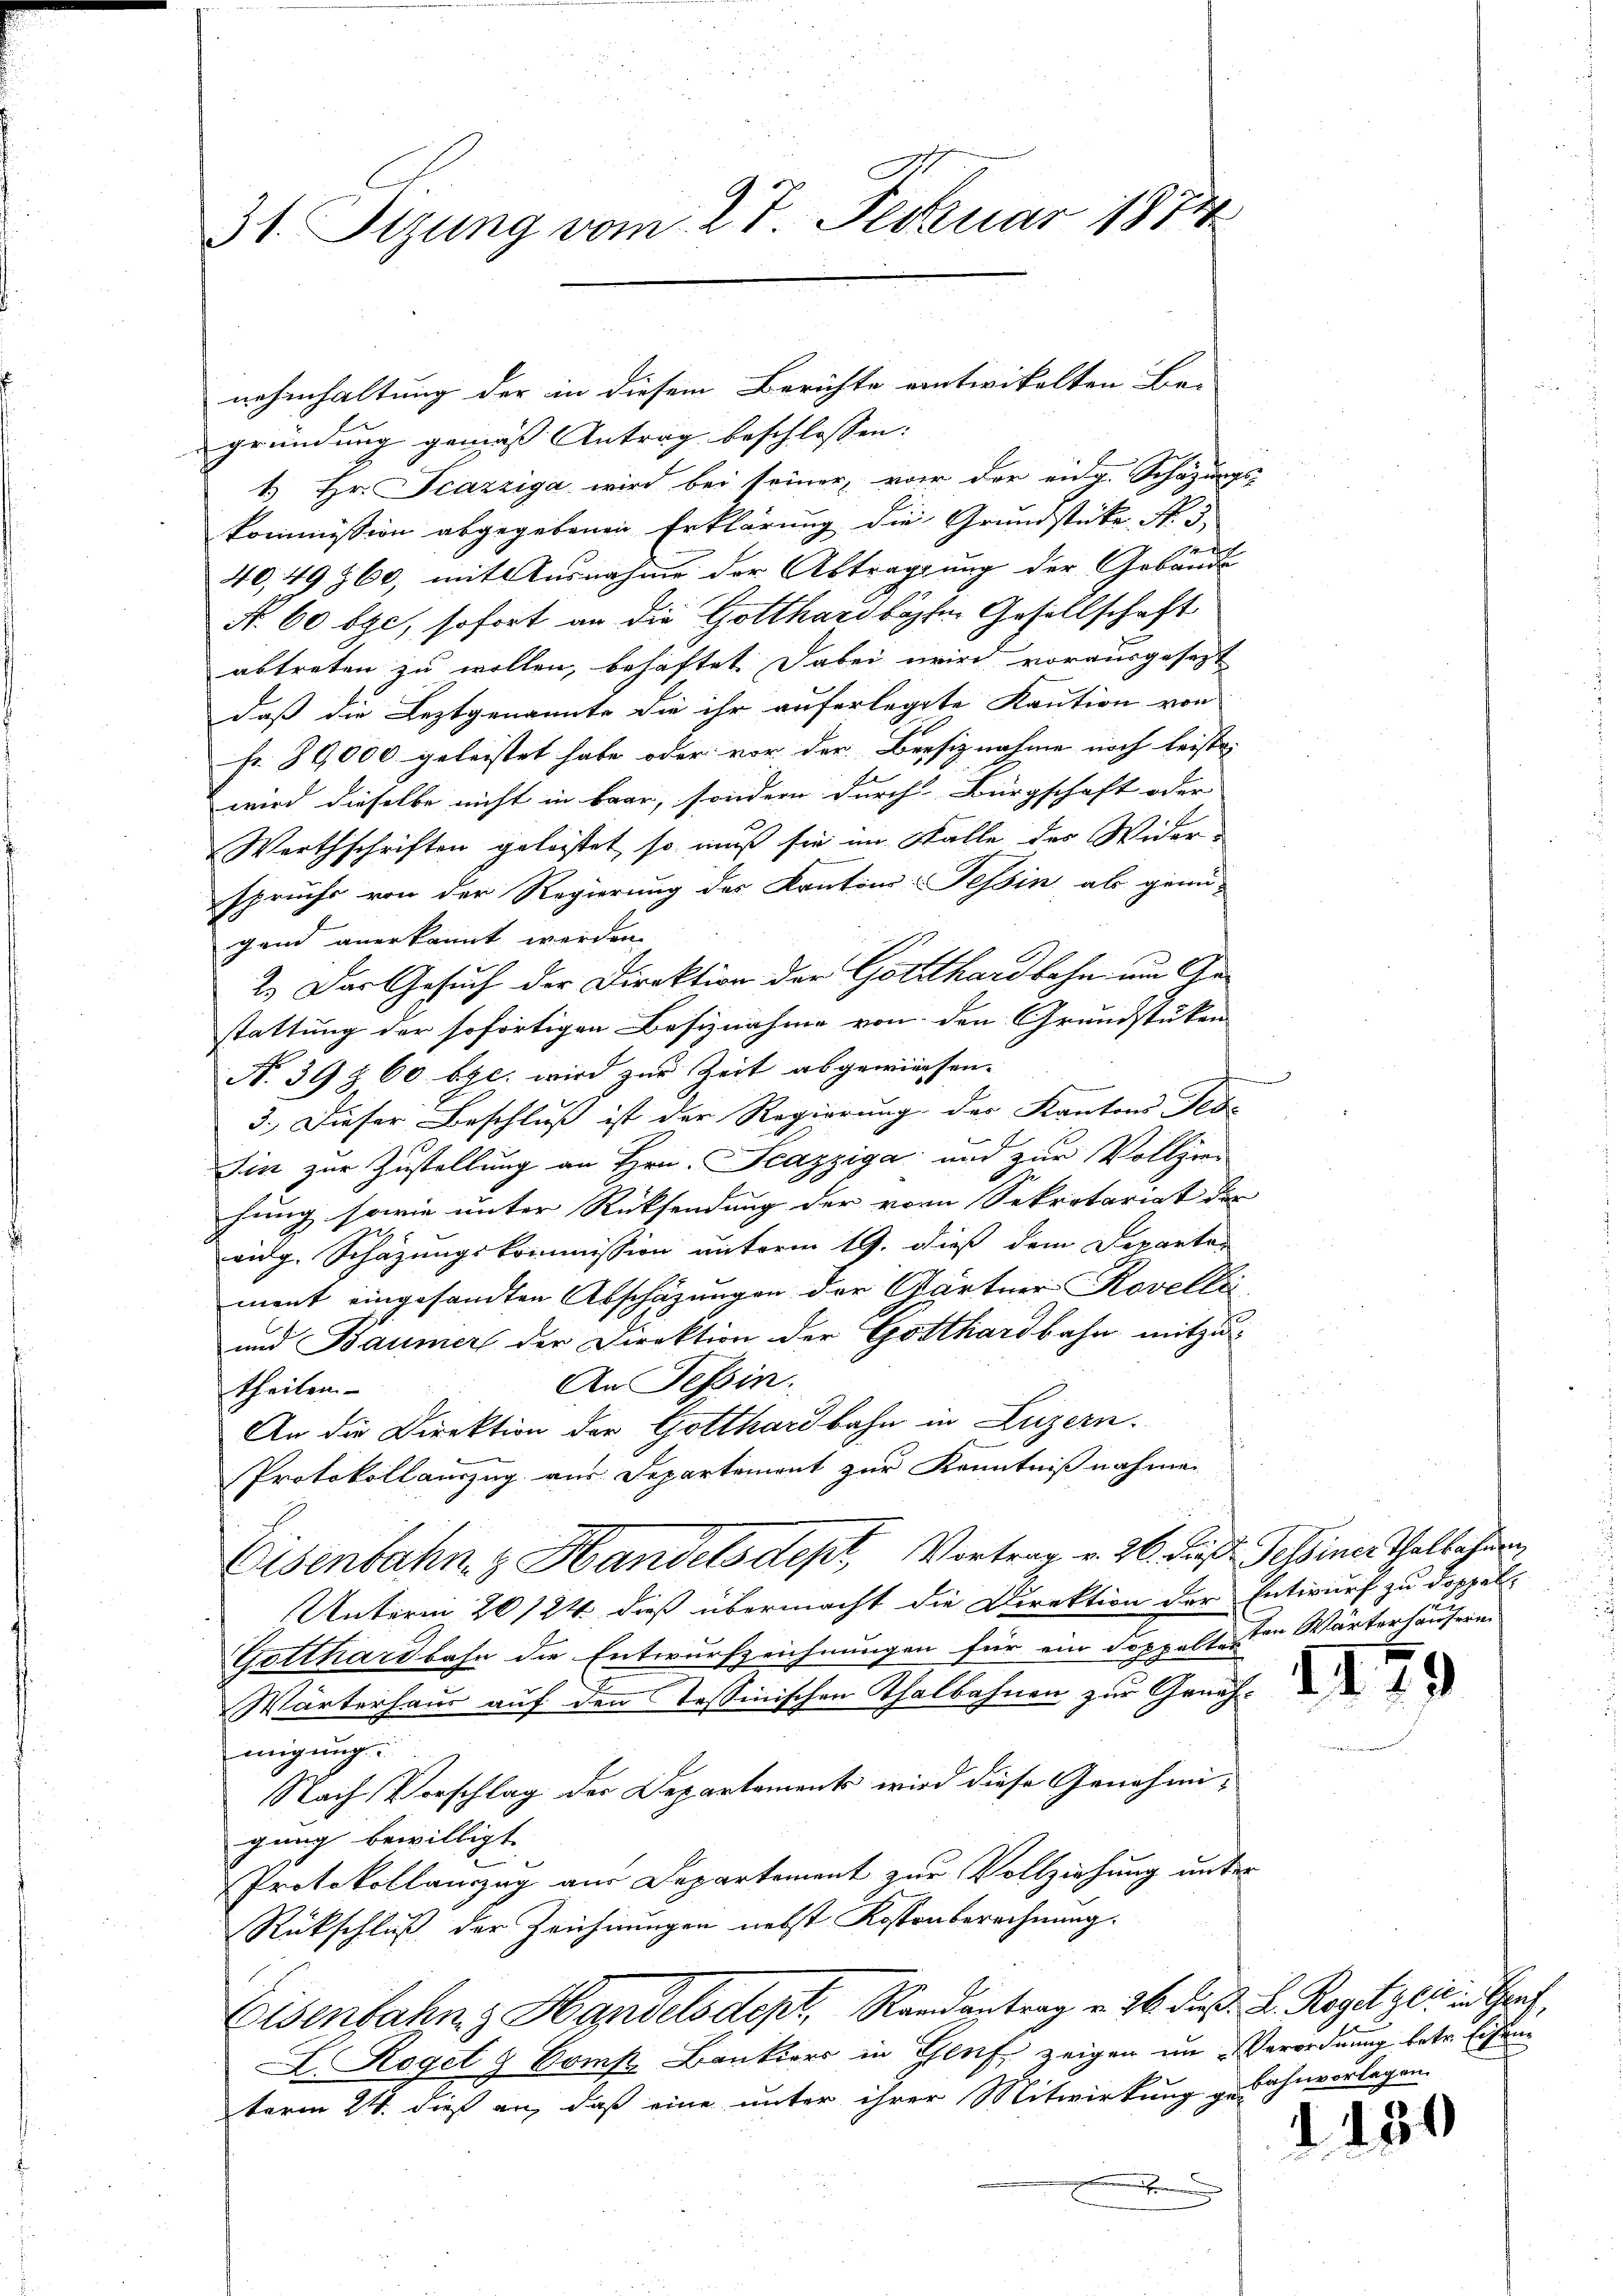
31 Sizung vom 27. Februar 1874

nehmhaltung der in diesem Berichte eintwickelten Be-
gründung gemäss Antrag beschlossen:
1.) Hr. Scazziga wird bei seiner, von der eidg. Schazungs-
kommission abgegebenen Erklärung die Grundstücke Nr. 3,
40,49 760, mit Ausnahme der Abtragung der Gebäude
A. 60 bge, sofort an die Gotthardböse Gesellschaft
abtreten zu wollen, behaftet. Dabei wird vorausgesezt
daß die Leztgenannte die ihr auferlegte Kaution von
fr. 80,000 geleistet habe oder vor der Beesiznahme noch leiste
wird dieselbe nicht in baar, sondern durch Bürgschaft oder |
Werthschriften geleistet, so muß sie im Falle der Wider
spruchs von der Regierung des Kanton Tessin ab genü-
gand anerkannt werden.
2.) Der Gesuch der Direktion der Gotthardbahn um Gestattung der sofortigen Besiznahme von den Grundstüken
N. 39 § 60 bgl. wird zur Zeit abgewiesen.
3.) Dieser Beschluß ist der Regierung der Kantons Fed
Sin zur Zustellung an Hrn. Scazziga und zur Vollziehung sowie unter Rücksendung der von Sekretariat der
1
vidg. Schazungskommission unterm 19. dieß dem Departen
ment eingesandten Abschäzungen der Gärtner Rovellei
und Baumer der Direktion der Gotthardbahn mitzu
An Tessin.
theilen
An die Direktion der Gotthardbahn in Luzern.
Protokollauszug aus Departement zur Kenntnißnahmen
Eisenbahn z Handelsdept, Vortrag v. 26. Fuß. Selbiner Thalbahren
Unterm 20124 dieß übermacht die Direktion der Entwurf zu doppel-
Gotthardbahn die Entwurfzeichnungen für ein doppeltesten Wärterhäusern.
Wärterhaus auf den Tessinischen Thalbahnen zur Genehmigung
Nach Vorschlag der Departaments wird diese Genehmi-
gung bewilligt.
Protokollanzug aus Departement zur Vollziehung unter
Rückschluß der Zeichnungen nebst Kostenberechnung.
Eisenbahng Handelsdept, Randantrag v. 26. d. d. L. Rogitzer Ger
L. Rogel & Comp Bankiers in Genf zeigen im Verordnung betr. Eisenterm 24. dieß an, daß eine unter ihrer Mitwirkung zu Bahnverlegen

II.

9)

180
.